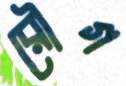
রৌগ